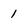
Character: 1